Indian journal of veterinary science and animal husbandry - Volume 13,
Year: 1943
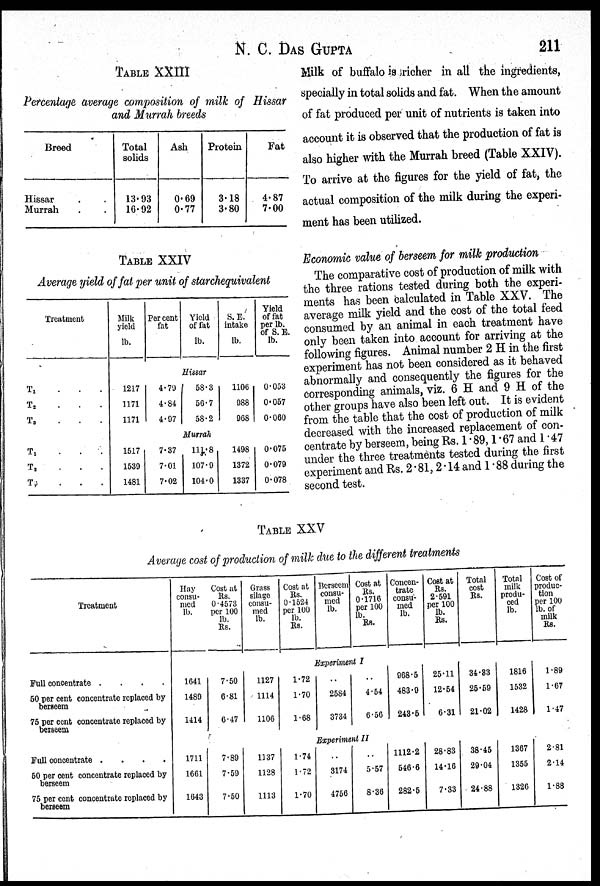
N. C. DAS GUPTA 211
TABLE XXIII
Percentage average composition of milk of Hissar
and Murrah breeds
Breed
Hissar . .
Murrah . .
Total
solids
13.93
16.92
Ash
0.69
0.77
Protein
3.18
3.80
Fat
4.87
7.00
TABLE XXIV
Average yield of fat per unit of starchequivalent
Treatment
T 1 . . .
T 2
.
.
.
T 3
.
.
.
T 1
.
.
.
T 2
.
.
.
T 3
.
.
.
Milk
yield
lb.
Per cent
fat
Yield
of fat
lb.
S.E.
intake
lb.
Yield
of fat
per lb.
of S. E.
lb.
Hissar
1217
1171
1171
4.79
4.84
4.97
58.3
56.7
58.2
1106
988
968
0.053
0.057
0.060
Murrah
1517
1539
1481
7.37
7.01
7.02
111.8
107.9
104.0
1498
1372
1337
0.075
0.079
0.078
Milk of buffalo is richer in all the ingredients,
specially in total solids and fat. When the amount
of fat produced per unit of nutrients is taken into
account it is observed that the production of fat is
also higher with the Murrah breed (Table XXIV).
To arrive at the figures for the yield of fat, the
actual composition of the milk during the experi-
ment has been utilized.
Economic value of berseem for milk production
The comparative cost of production of milk with
the three rations tested during both the experi-
ments has been calculated in Table XXV. The
average milk yield and the cost of the total feed
consumed by an animal in each treatment have
only been taken into account for arriving at the
following figures. Animal number 2 H in the first
experiment has not been considered as it behaved
abnormally and consequently the figures for the
corresponding animals, viz. 6 H and 9 H of the
other groups have also been left out. It is evident
from the table that the cost of production of milk
decreased with the increased replacement of con-
centrate by berseem, being Rs. 1.89, 1.67 and 1.47
under the three treatments tested during the first
experiment and Rs. 2.81, 2.14 and 1.88 during the
second test.
TABLE XXV
Average cost of production of milk due to the different treatments
Treatment
Full concentrate . . . .
50 per cent concentrate replaced by
berseem
75 per cent concentrate replaced by
berseem
Full concentrate . . . .
50 per cent concentrate replaced by
berseem
75 per cent concentrate replaced by
berseem
Hay
consu-
med
lb.
Cost at
Rs.
0.4573
per 100
lb.
Rs.
Grass
silage
consu-
med
lb.
Cost at
Rs.
0.1524
per 100
lb.
Rs.
Berseem
consu-
med
lb.
Cost at
Rs.
0.1716
per 100
lb.
Rs.
Concen-
trate
consu-
med
lb.
Cost at
Rs.
2.591
per 100
lb.
Rs.
Total
cost
Rs.
Total
milk
produ-
ced
lb.
Cost of
produc-
tion
per 100
lb. of
milk
Rs.
Experiment I
1641
1489
1414
7.50
6.81
6.47
1127
1114
1106
1.72
1.70
1.68
...
2584
3734
...
4.54
6.56
968.5
483.9
243.5
25.11
12.54
6.31
34.83
25.59
21.02
1816
1532
1428
1.89
1.67
1.47
Experiment II
1711
1661
1643
7.89
7.59
7.50
1137
1128
1113
1.74
1.72
1.70
...
3174
4756
...
5.57
8.36
1112.2
646.6
282.5
28.83
14.16
7.33
38.45
29.04
24.88
1367
1355
1326
2.81
2.14
1.88